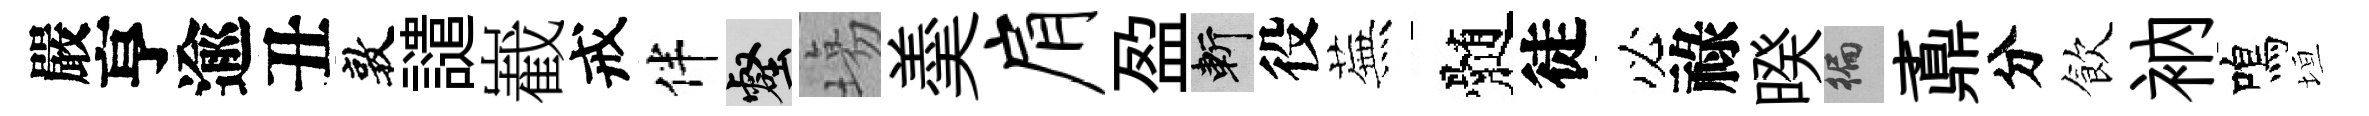
嚴亨逾丑敦譴嶻戒伴壑塲羮肩盈斬役蕪髄徒必祿暌徧鼒分飲衲鳴垣